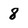
Character: 8